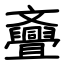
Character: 斖